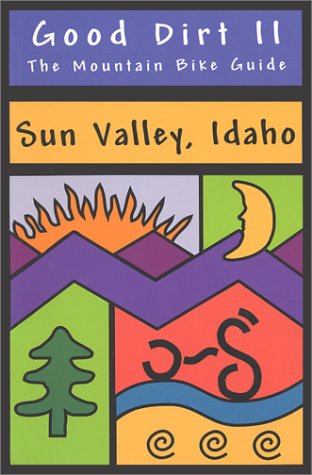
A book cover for Good Dirt II - The Mountain Bike Guide to Sun Valley, Idaho; Greg McRoberts; Travel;